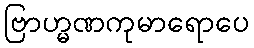
ဗြာဟ္မဏကုမာရောပေ